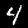
Digit: 4